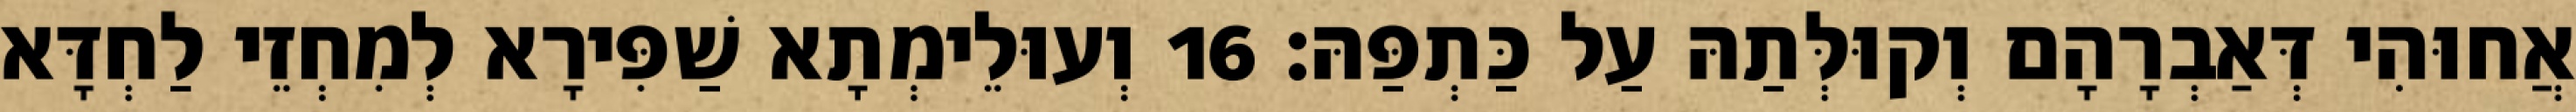
אֲחוּהִי דְּאַבְרָהָם וְקוּלְּתַהּ עַל כַּתְפַּהּ׃ 16 וְעוּלֵימְתָא שַׁפִּירָא לְמִחְזֵי לַחְדָּא